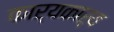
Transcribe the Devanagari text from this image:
कार्यकार्य